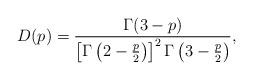
LaTeX: \begin{align*}D(p) = \frac{\Gamma(3-p)}{\left[\Gamma\left(2-\frac{p}{2}\right)\right]^2\Gamma\left(3-\frac{p}{2}\right)},\end{align*}